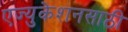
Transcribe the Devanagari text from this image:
एज्युकेशनसाठी